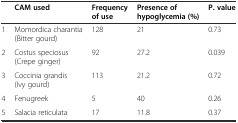
<table><thead><tr><td></td><td><b>CAM used</b></td><td><b>Frequency of use</b></td><td><b>Presence of hypoglycemia (%)</b></td><td><b>P. value</b></td></tr></thead><tbody><tr><td>1</td><td>Momordica charantia (Bitter gourd)</td><td>128</td><td>21</td><td>0.73</td></tr><tr><td>2</td><td>Costus speciosus (Crepe ginger)</td><td>92</td><td>27.2</td><td>0.039</td></tr><tr><td>3</td><td>Coccinia grandis (Ivy gourd)</td><td>113</td><td>21.2</td><td>0.72</td></tr><tr><td>4</td><td>Fenugreek</td><td>5</td><td>40</td><td>0.26</td></tr><tr><td>5</td><td>Salacia reticulata</td><td>17</td><td>11.8</td><td>0.37</td></tr></tbody></table>